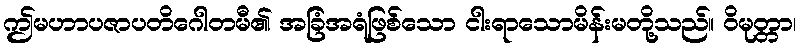
ဤမဟာပဇာပတိဂေါတမီ၏ အခြံအရံဖြစ်သော ငါးရာသောမိန်းမတို့သည်။ ဝိမုတ္တာ၊